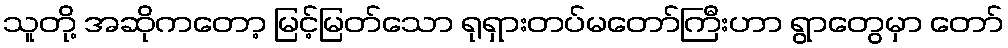
သူတို့ အဆိုကတော့ မြင့်မြတ်သော ရုရှားတပ်မတော်ကြီးဟာ ရွာတွေမှာ တော်